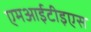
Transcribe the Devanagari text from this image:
एमआईटीइएस